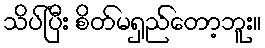
သိပ်ပြီး စိတ်မရှည်တော့ဘူး။